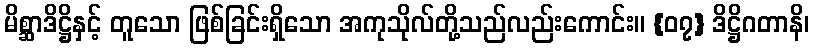
မိစ္ဆာဒိဋ္ဌိနှင့် တူသော ဖြစ်ခြင်းရှိသော အကုသိုလ်တို့သည်လည်းကောင်း။ {၀၇} ဒိဋ္ဌိဂတာနိ၊